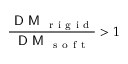
\frac { \textsf { D M } _ { \mathrm { ~ r ~ i ~ g ~ i ~ d ~ } } } { \textsf { D M } _ { \mathrm { ~ s ~ o ~ f ~ t ~ } } } > 1